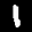
Label: 1